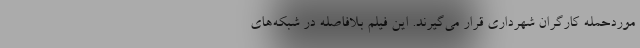
موردحمله کارگران شهرداری قرار می‌گیرند. این فیلم بلافاصله در شبکه‌های